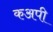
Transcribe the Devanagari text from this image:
कअपी